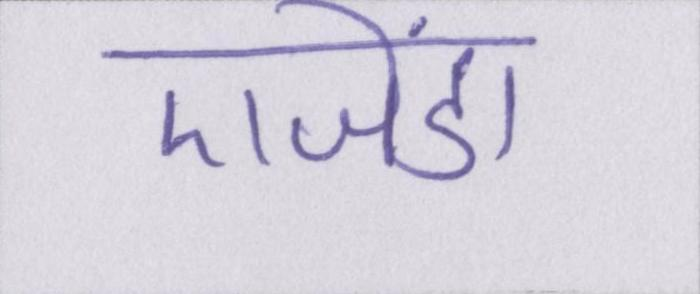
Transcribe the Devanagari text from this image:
एजेंडा